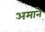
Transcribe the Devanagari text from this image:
अमाने